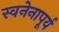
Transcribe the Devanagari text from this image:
स्वनेनापूर्य